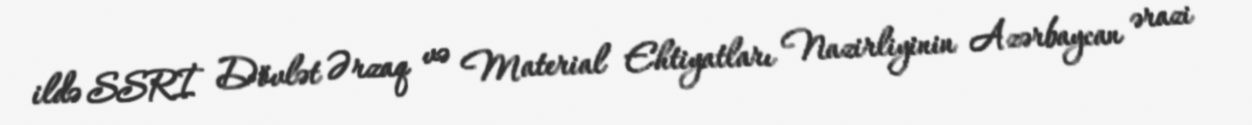
ildə SSRİ Dövlət Ərzaq və Material Ehtiyatları Nazirliyinin Azərbaycan ərazi